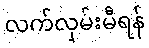
လက်လှမ်းမီရန်